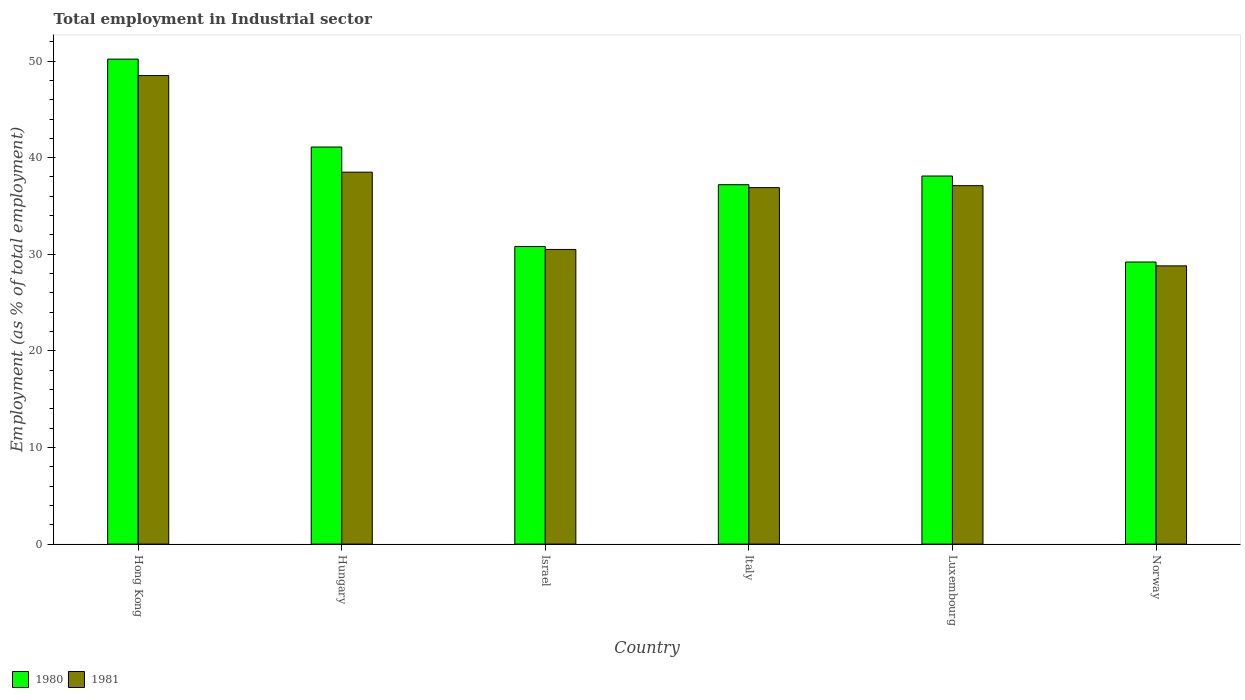
| Country | 1980 | 1981 |
 | --- | --- | --- |
 | Hong Kong | 50.2 | 48.5 |
 | Hungary | 41.1 | 38.5 |
 | Israel | 30.8 | 30.5 |
 | Italy | 37.2 | 36.9 |
 | Luxembourg | 38.1 | 37.1 |
 | Norway | 29.2 | 28.8 |